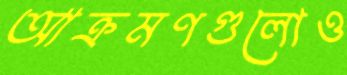
আক্রমণগুলোও